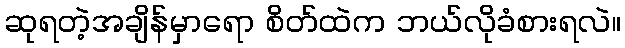
ဆုရတဲ့အချိန်မှာရော စိတ်ထဲက ဘယ်လိုခံစားရလဲ။